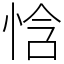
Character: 㤷